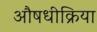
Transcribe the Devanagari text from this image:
औषधीक्रिया